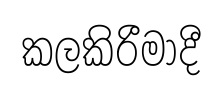
කලකිරීමාදී